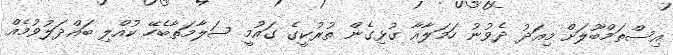
އިސްތަމްބޫލަށް މިއަދު ދެވުނު ހަމަލާއާ ގުޅިގެން ތުރުކީގެ ގައުމީ ސަލާމަތާބެހޭ ކުއްލި ބައްދަލުވުމެއް